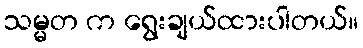
သမ္မတ က ရွေးချယ်ထားပါတယ်။